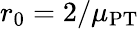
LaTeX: r_{0}=2/\mu_{\mathrm{PT}}